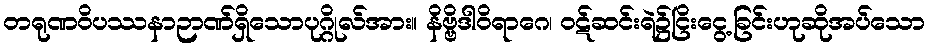
တရုဏဝိပဿနာဉာဏ်ရှိသောပုဂ္ဂိုလ်အား။ နိဗ္ဗိဒါဝိရာဂေ၊ ဝဋ်ဆင်းရဲ၌ငြိးငွေ့ခြင်းဟုဆိုအပ်သော